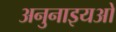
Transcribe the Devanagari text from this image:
अनुनाइयओ